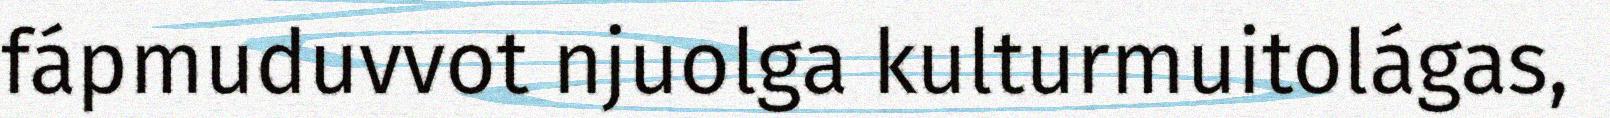
fápmuduvvot njuolga kulturmuitolágas,